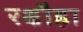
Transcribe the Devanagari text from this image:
रक्षौहा